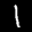
Label: 1